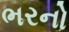
ભરનો